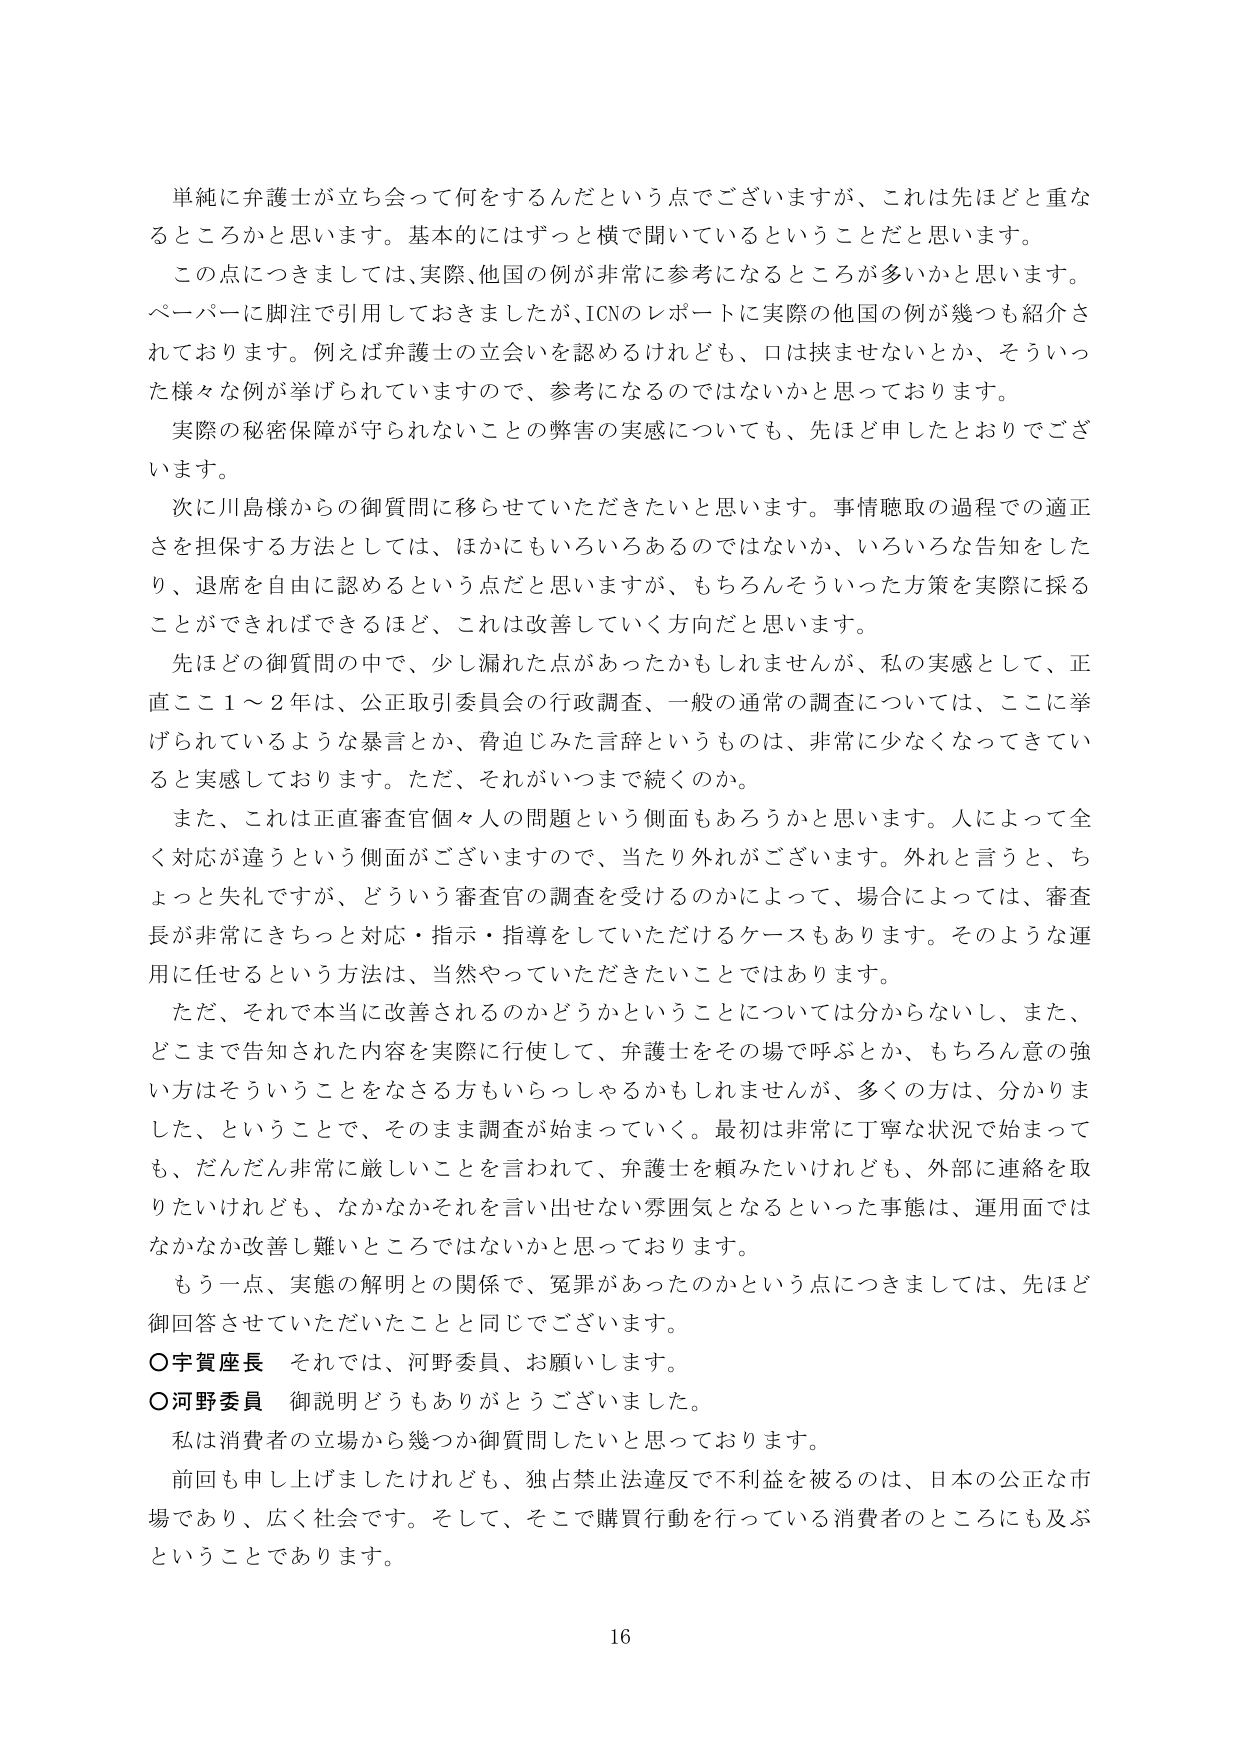
単純に弁護士が立ち会って何をするんだという点でございますが、これは先ほどと重なるところかと思います。基本的にはずっと横で聞いているということだと思います。

この点につきましては、実際、他国の例が非常に参考になるところが多いかと思います。ペーパーに脚注で引用しておきましたが、ICNのレポートに実際の他国の例が幾つも紹介されております。例えば弁護士の立会いを認めるけれども、口は挟ませないとか、そういった様々な例が挙げられていますので、参考になるのではないかと思っております。

実際の秘密保障が守られないことの弊害の実感についても、先ほど申ししたとおりでございます。

次に川島様からの御質問に移らせていただきたいと思います。事情聴取の過程での適正さを担保する方法としては、ほかにもいろいろあるのではないか、いろいろな告知をしたり、退席を自由に認めるという点だと思いますが、もちろんそういった方策を実際に採ることができればできるほど、これは改善していく方向だと思います。

先ほどの御質問の中で、少し漏れた点があったかもしれませんが、私の実感として、正直ここ1～2年は、公正取引委員会の行政調査、一般の通常の調査については、ここに挙げられているような暴言とか、脅迫じみた言辞というものは、非常に少なくなってきていると実感しております。ただ、それがいつまで続くのか。

また、これは正直審査官個人の問題という側面もあろうかと思います。人によって全く対応が違うという側面がございますので、当たり前れがございます。外れと言うと、ちょっと失礼ですが、どういう審査官の調査を受けるのかによって、場合によっては、審査長が非常にきちっと対応・指示・指導をしていただけるケースもあります。そのような運用に任せるという方法は、当然やっていただきたいことではあります。

ただ、それで本当に改善されるのかどうかということについては分からないし、また、どこまで告知された内容を実際に行使して、弁護士をその場で呼ぶとか、もちろん意の強い方はそういうことをなさる方もいらっしゃるかもしれませんが、多くの方は、分かりました、ということで、そのまま調査が始まっていく。最初は非常に丁寧な状況で始まっても、だんだん非常に厳しいことを言われて、弁護士を頼みたいけれども、外部に連絡を取りたいけれども、なかなかそれを言い出せない雰囲気となるといった事態は、運用面ではなかなか改善し難いところではないかと思っております。

もう一点、実態の解明との関係で、冤罪があったのかという点につきましては、先ほど御回答させていただいたことと同じでございます。

○宇賀座長　それでは、河野委員、お願いします。

○河野委員　御説明どうもありがとうございました。

私は消費者の立場から幾つか御質問したいと思っております。

前回も申し上げましたけれども、独占禁止法違反で不利益を被るのは、日本の公正な市場であり、広く社会です。そして、そこで購買行動を行っている消費者のところにも及ぶということであります。

16